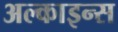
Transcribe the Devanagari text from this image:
अल्काइन्स